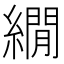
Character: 繝